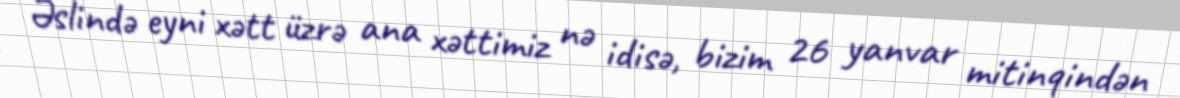
Əslində eyni xətt üzrə ana xəttimiz nə idisə, bizim 26 yanvar mitinqindən